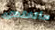
سأتخلص